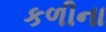
કળીના